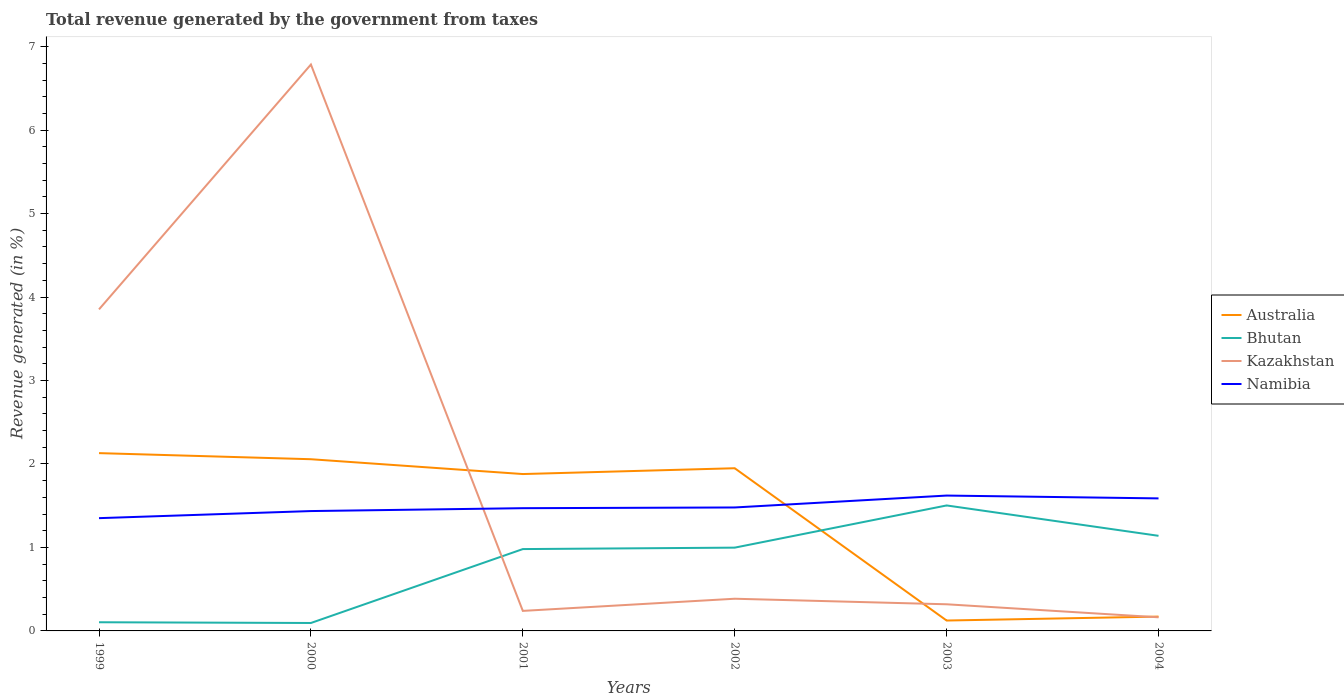
| Years | Australia | Bhutan | Kazakhstan | Namibia |
 | --- | --- | --- | --- | --- |
 | 1999 | 2.13 | 0.104 | 3.85 | 1.35 |
 | 2000 | 2.06 | 0.095 | 6.79 | 1.44 |
 | 2001 | 1.88 | 0.98 | 0.24 | 1.47 |
 | 2002 | 1.95 | 0.998 | 0.386 | 1.48 |
 | 2003 | 0.124 | 1.5 | 0.319 | 1.62 |
 | 2004 | 0.172 | 1.14 | 0.163 | 1.59 |